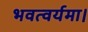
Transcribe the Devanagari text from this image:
भवत्वर्यमा।